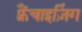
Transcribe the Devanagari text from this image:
फ़्रैंचाइज़िंग